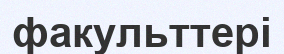
факульттері